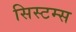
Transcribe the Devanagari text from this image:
सिस्टम्स